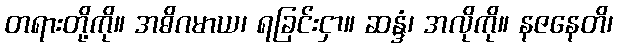
တရားတို့ကို။ အဓိဂမာယ၊ ရခြင်းငှာ။ ဆန္ဒံ၊ အလိုကို။ နဇနေတိ၊